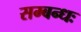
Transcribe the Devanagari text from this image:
सम्बन्धः